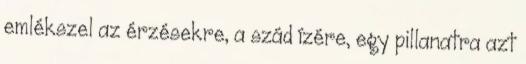
emlékszel az érzésekre, a szád ízére, egy pillanatra azt